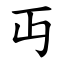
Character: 丏